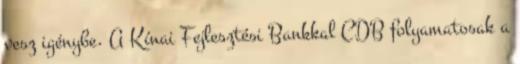
vesz igénybe. A Kínai Fejlesztési Bankkal CDB folyamatosak a